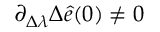
\partial _ { \Delta \lambda } \Delta \hat { e } ( 0 ) \neq 0